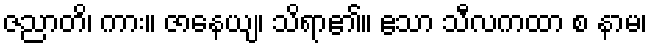
ဇညာတိ၊ ကား။ ဇာနေယျ၊ သိရာ၏။ ဧသာ သီလကထာ စ နာမ၊